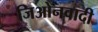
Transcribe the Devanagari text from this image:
जिओनवादी